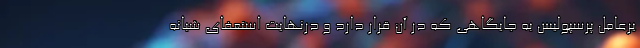
یرعامل پرسپولیس به جایگاهی که در آن قرار دارد و درنهایت استعفای شبانه